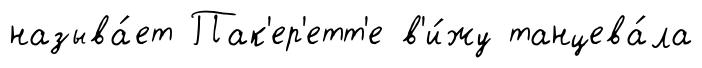
называ́ет Пак'ер'етт'е в'и́жу танцева́ла